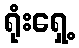
ရုံးရှေ့